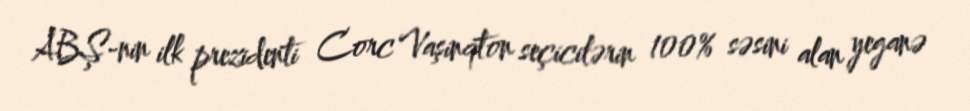
ABŞ-nin ilk prezidenti Corc Vaşinqton seçicilərin 100% səsini alan yeganə